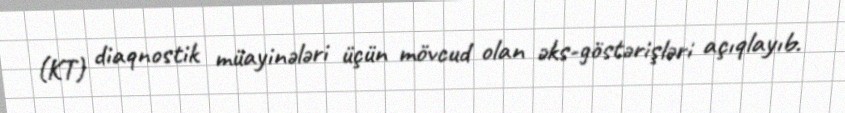
(KT) diaqnostik müayinələri üçün mövcud olan əks-göstərişləri açıqlayıb.